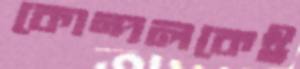
কোন্দলকেই